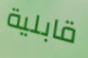
قابلية